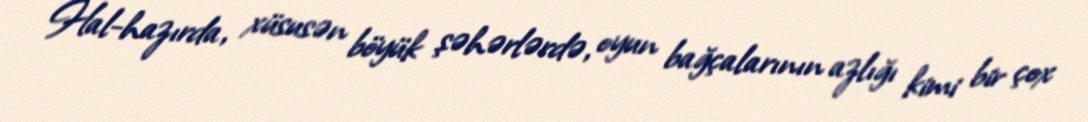
Hal-hazırda, xüsusən böyük şəhərlərdə, oyun bağçalarının azlığı kimi bir çox